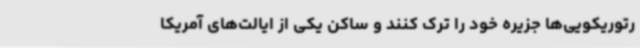
رتوریکویی‌ها جزیره خود را ترک کنند و ساکن یکی از ایالت‌های آمریکا